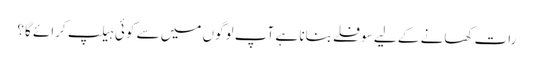
رات کھانے کے لیے سوفلے بنانا ہے آپ لوگوں میں سے کوئی ہیلپ کرائے گا؟